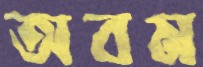
অবম